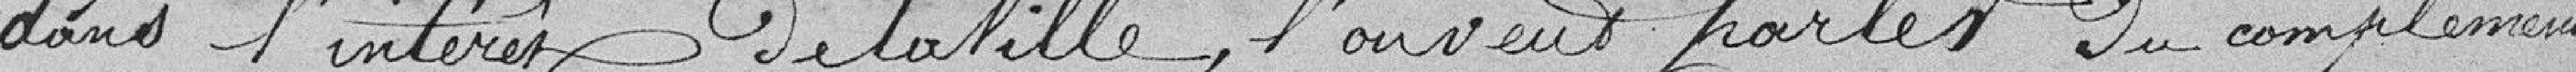
dans l'intérêt de la Ville, l'on veut parler du complément